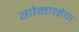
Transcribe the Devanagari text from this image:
गोनाव्हेचा